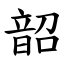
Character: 韶